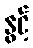
နွင့်